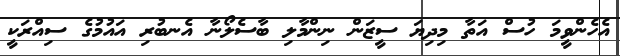
އެހެންވީމަ ހުސް އަތާ މިދިޔަ ސީޒަން ނިންމާލި ބާސެލޯނާ އެނބުރި އައުމުގެ ސިއްރަކީ